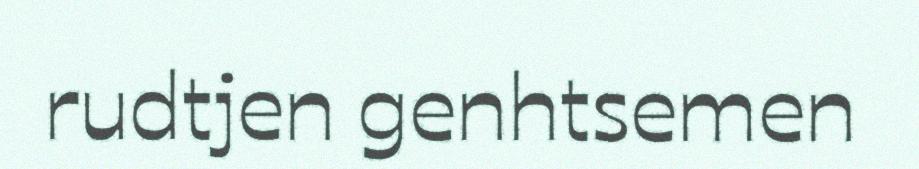
rudtjen genhtsemen